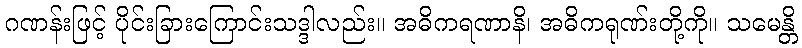
ဂဏန်းဖြင့် ပိုင်းခြားကြောင်းသဒ္ဒါလည်း။ အဓိကရဏာနိ၊ အဓိကရုဏ်းတို့ကို။ သမေန္တိ